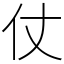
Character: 仗